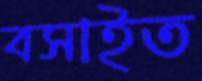
বসাইত